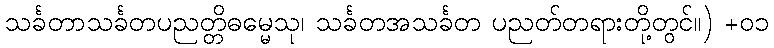
သင်္ခတာသင်္ခတပညတ္တိဓမ္မေသု၊ သင်္ခတအသင်္ခတ ပညတ်တရားတို့တွင်။) +၀၁